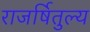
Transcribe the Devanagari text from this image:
राजर्षितुल्य